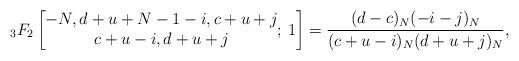
LaTeX: \begin{align*}{}_{3}F_{2}\left[\begin{matrix}-N, d+u+N-1-i, c+u+j \\ c+u-i, d+u+j\end{matrix};\,1\right]=\dfrac{(d-c)_N(-i-j)_N}{(c+u-i)_N(d+u+j)_N}, \end{align*}